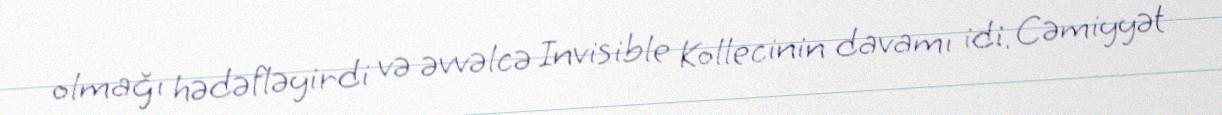
olmağı hədəfləyirdi və əvvəlcə Invisible Kollecinin davamı idi. Cəmiyyət